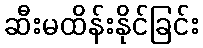
ဆီးမထိန်းနိုင်ခြင်း